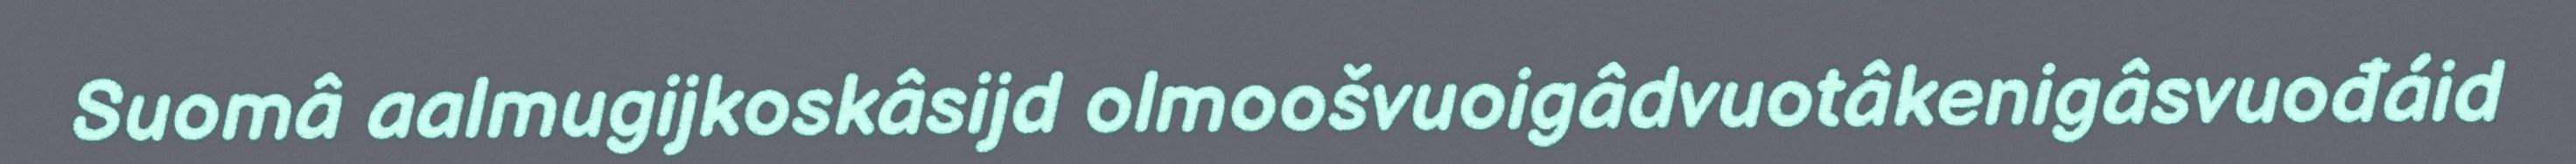
Suomâ aalmugijkoskâsijd olmoošvuoigâdvuotâkenigâsvuođáid